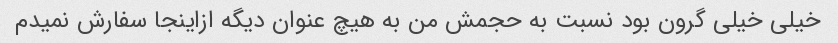
خیلی خیلی گرون بود نسبت به حجمش من به هیچ عنوان دیگه ازاینجا سفارش نمیدم